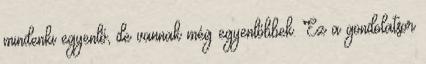
mindenki egyenlő, de vannak még egyenlőbbek. Ez a gondolatsor